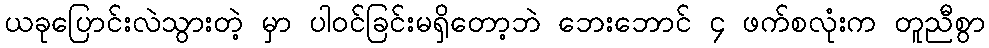
ယခုပြောင်းလဲသွားတဲ့ မှာ ပါဝင်ခြင်းမရှိတော့ဘဲ ဘေးဘောင် ၄ ဖက်စလုံးက တူညီစွာ